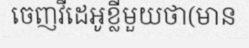
ចេញវីដេអូខ្លីមួយថា(មាន